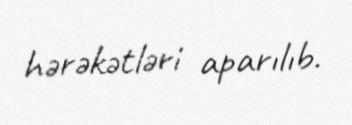
hərəkətləri aparılıb.